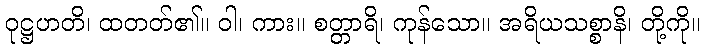
ဝုဋ္ဌဟတိ၊ ထတတ်၏။ ဝါ၊ ကား။ စတ္တာရိ၊ ကုန်သော။ အရိယသစ္စာနိ၊ တို့ကို။